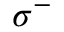
\sigma ^ { - }